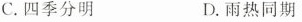
C.四季分明 D.雨热同期